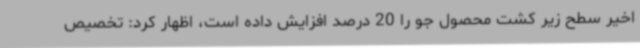
اخیر سطح زیر کشت محصول جو را 20 درصد افزایش داده است، اظهار کرد: تخصیص